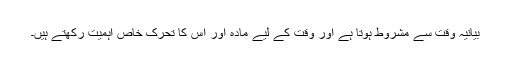
بیانیہ وقت سے مشروط ہوتا ہے اور وقت کے لیے مادہ اور اس کا تحرک خاص اہمیت رکھتے ہیں۔